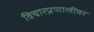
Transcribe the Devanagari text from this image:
विचारप्रणालींवर